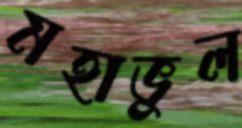
মহাভুল